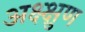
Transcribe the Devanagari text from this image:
अक्ष्क्षुण